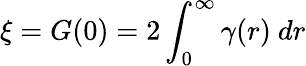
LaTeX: \xi=G(0)=2\int_{0}^{\infty}\gamma(r)~dr